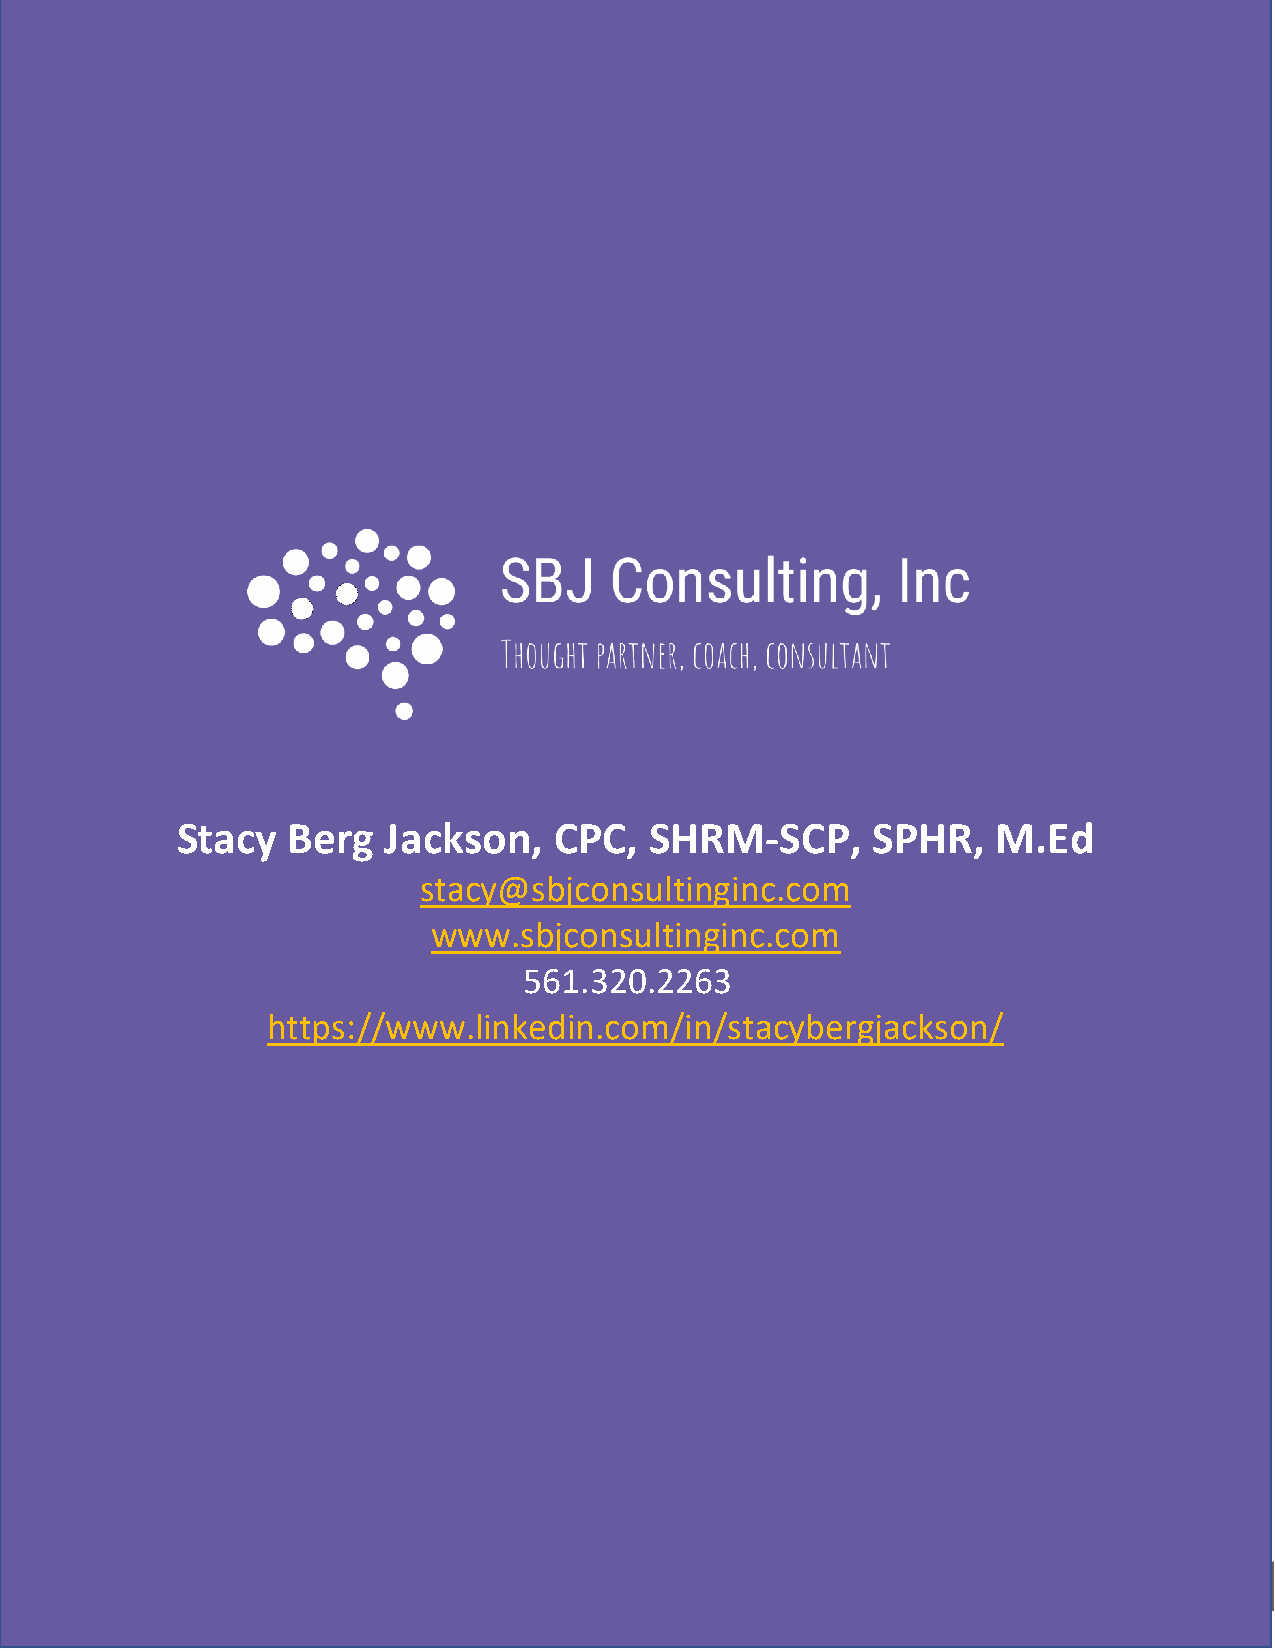
Create Connection  & Foster Engagement
 Using These  5 Simple Strategies
 Stacy  Berg  Jackson,    CPC,  SHRM-SCP,      SPHR,   M.Ed
 stacy@sbjconsultinginc.com
 www.sbjconsultinginc.com
 561.320.2263
 https://www.linkedin.com/in/stacybergjackson/
 www.sbjconsultinginc.com              page 9